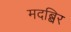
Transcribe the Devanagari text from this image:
मदब्बिर